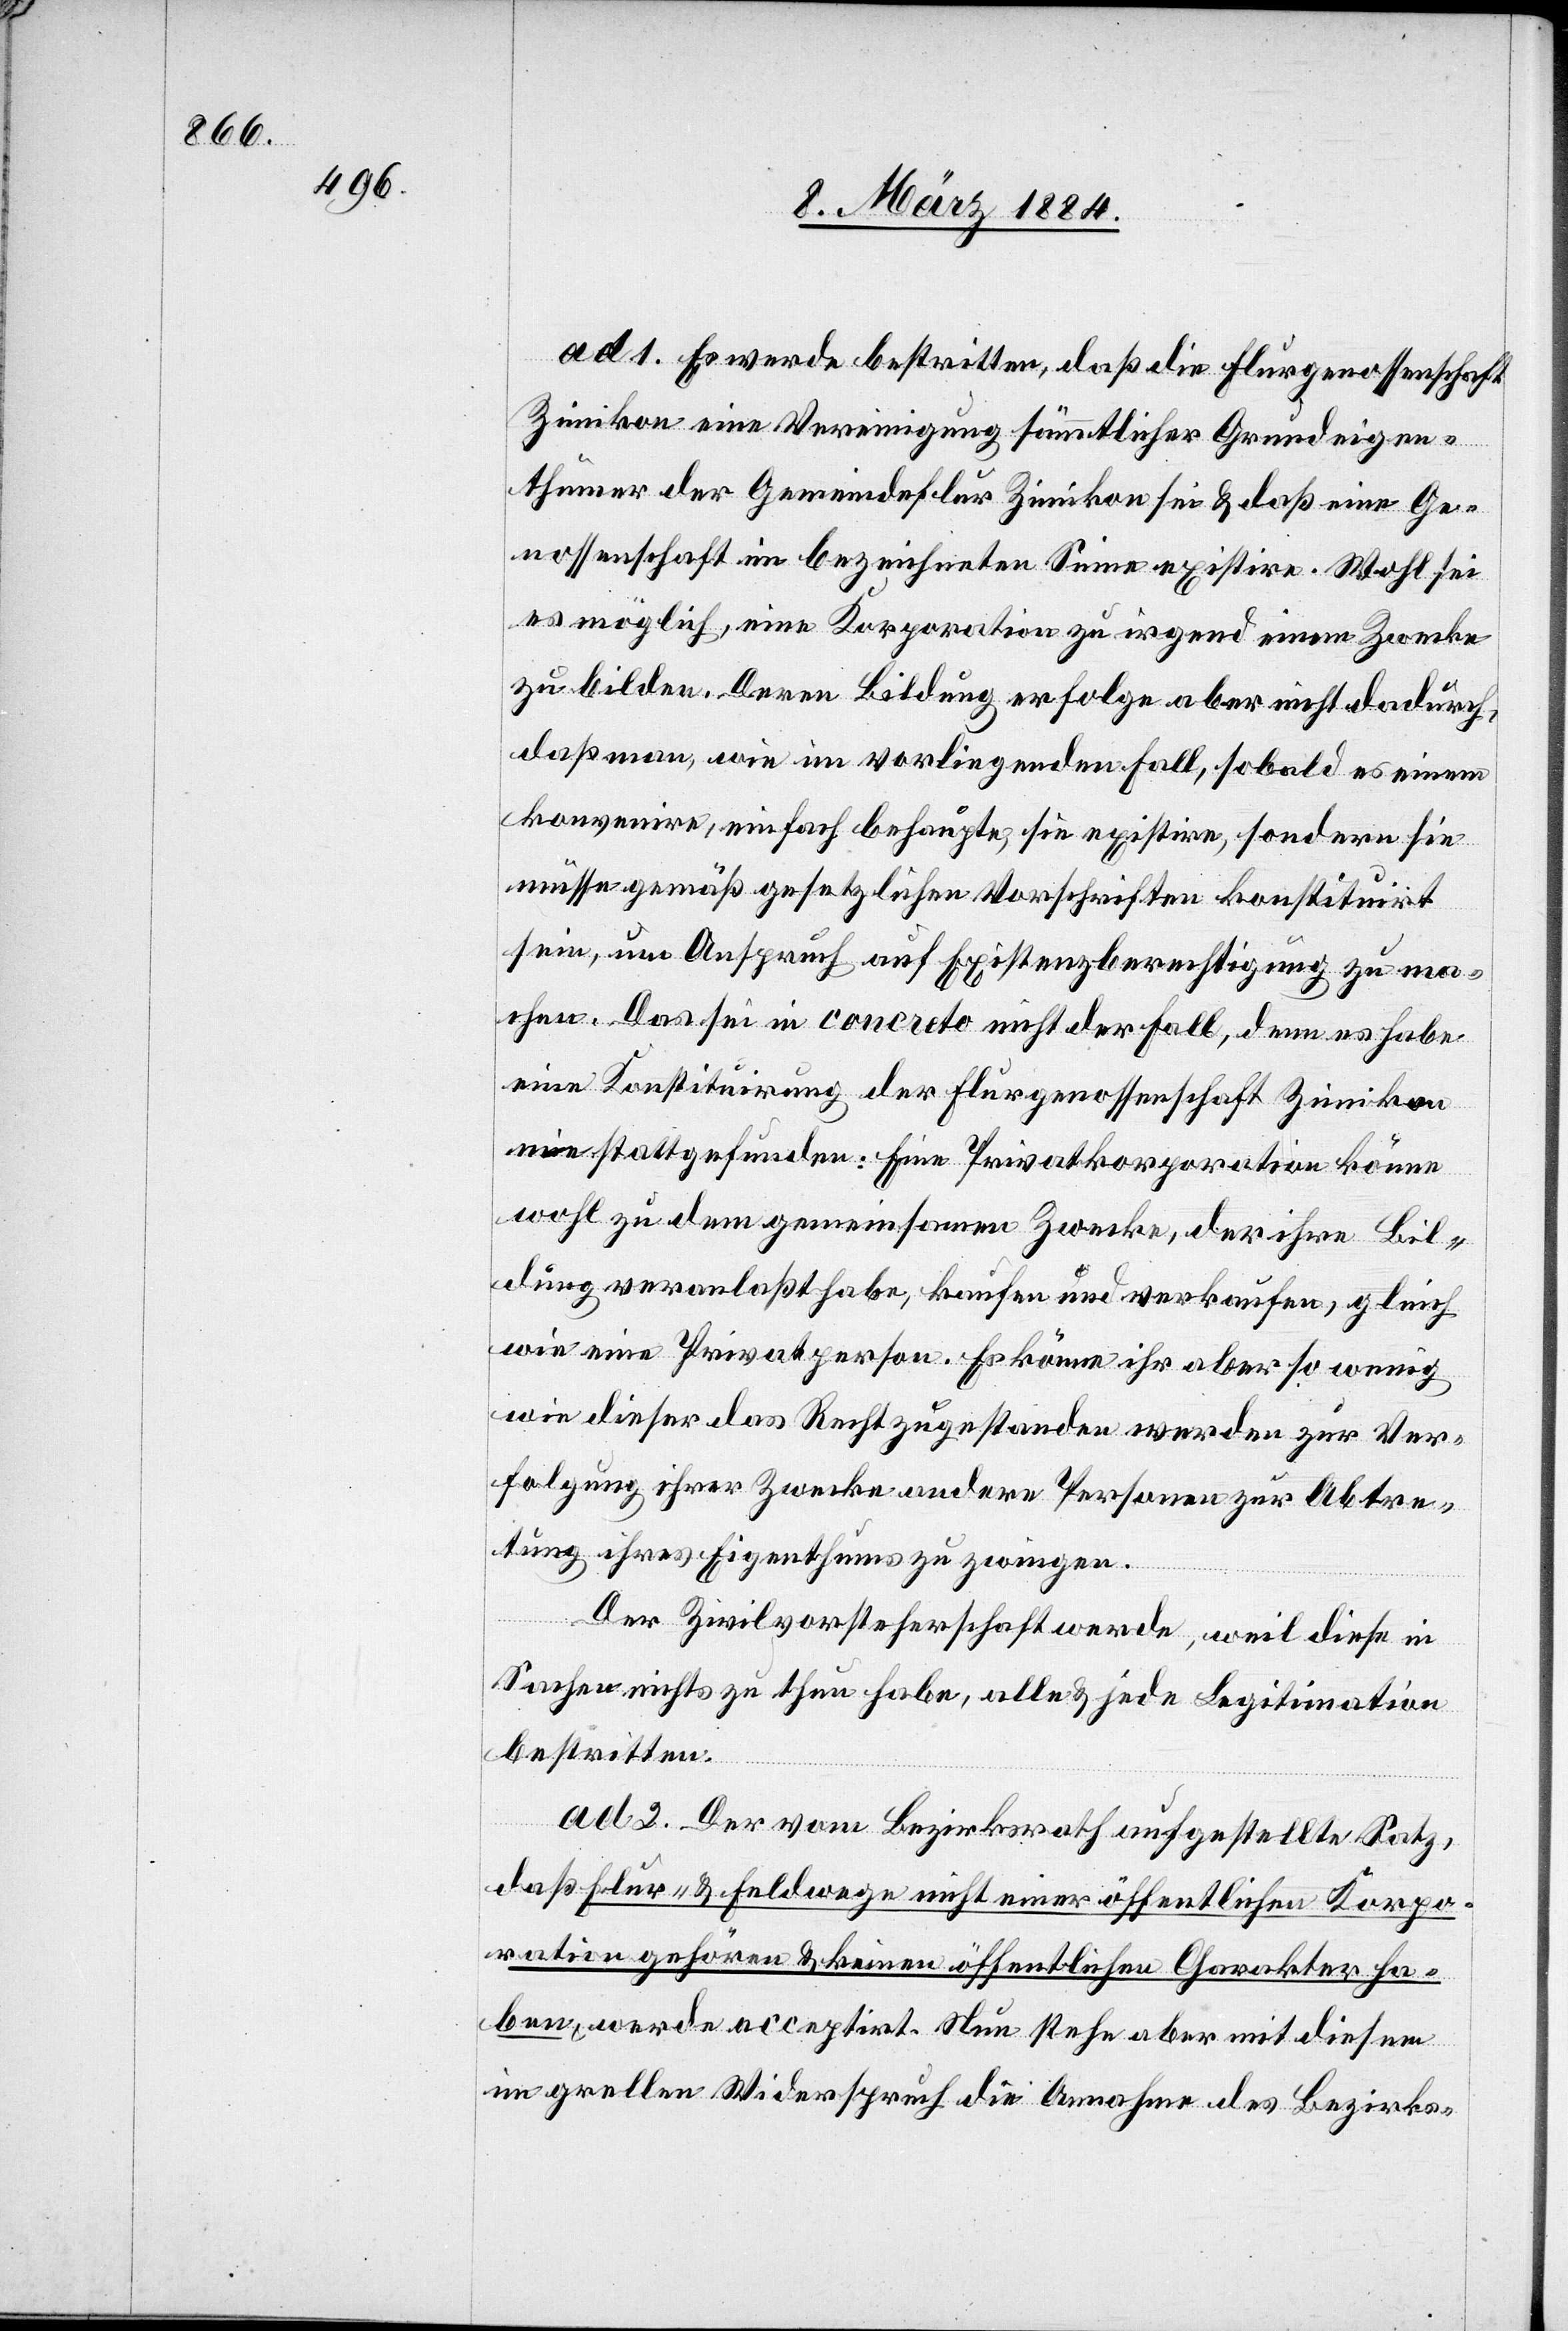
ad. 1. Es werde bestritten, daß die Flurgenossenschaft
Zimikon eine Vereinigung sämmtlicher Grundeigen¬
thümer der Gemeindeflur Zimikon sei & daß eine Ge¬
nossenschaft in bezeichnetem Sinne existire. Wohl sei
es möglich, eine Korporation zu irgend einem Zwecke
zu bilden. Deren Bildung erfolge aber nicht dadurch,
daß man, wie im vorliegenden Fall, sobald es einem
konvenire, einfach behaupte, sie existire, sondern sie
muss gemäß gesetzlichen Vorschriften konstituirt
sein, um Anspruch auf Existenzberechtigung zu ma¬
chen. Das sei in concreto nicht der Fall, denn es habe
eine Konstituirung der Flurgenossenschaft Zimikon
nie stattgefunden: Eine Privatkorporation könne
wohl zu dem gemeinsamen Zwecke, der ihre Bil¬
dung veranlaßt habe, kaufen und verkaufen, gleich
wie eine Privatperson. Es könne ihr aber so wenig
wie dieser das Recht zugestanden werde, zur Ver¬
folgung ihrer Zwecke andere Personen zur Abtre¬
tung ihres Eigenthums zu zwingen.
Der Zivilvorsteherschaft werde, weil dies in
Sachen nicht zu thun habe, alle & jede Legitimation
bestritten.
ad. 2. Der vom Bezirksrath aufgestellte Satz,
daß Flur- & Feldwege nicht einer öffentlichen Korpo¬
ration gehören & keinen öffentlichen Charakter ha¬
ben, werde acceptirt. Nun stehe aber mit diesem
im grellen Widerspruche die Annahme des Bezirks-